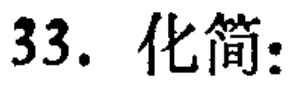
33. 化简: